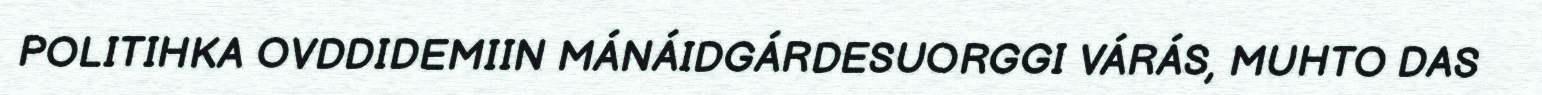
POLITIHKA OVDDIDEMIIN MÁNÁIDGÁRDESUORGGI VÁRÁS, MUHTO DAS